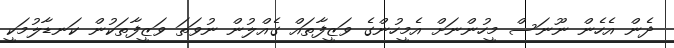
ދެން އެހެން ނޫނަސް މީހުންނަށް އެމީހުންގެ ވަޒީފާތައް ގެއްލުން ނުވަތަ ވަޒީފާތަކުން ކަނޑާލުމަކީ